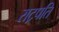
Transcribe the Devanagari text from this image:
राट्रपति